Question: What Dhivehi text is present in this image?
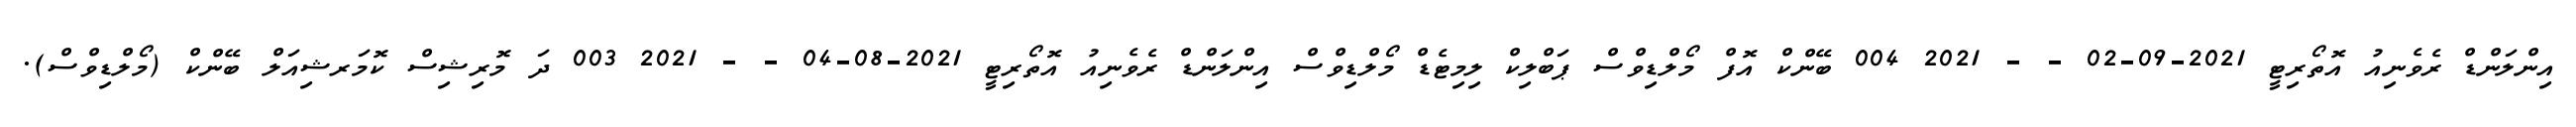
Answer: އިންލަންޑް ރެވެނިއު އޮތޯރިޓީ 2021-09-02 - - 2021 004 ބޭންކް އޮފް މޯލްޑިވްސް ޕަބްލިކް ލިމިޓެޑް މޯލްޑިވްސް އިންލަންޑް ރެވެނިއު އޮތޯރިޓީ 2021-08-04 - - 2021 003 ދަ މޮރިޝިސް ކޮމަރޝިއަލް ބޭންކް (މޯލްޑިވްސް).